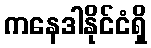
ကနေဒါနိုင်ငံရှိ